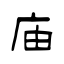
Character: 庙